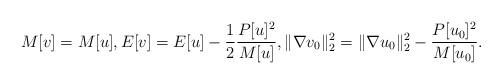
LaTeX: \begin{align*}M[v]=M[u], E[v] = E[u] - \frac{1}{2} \frac{P[u]^2}{M[u]}, \| \nabla v_0 \|_2^2 =\| \nabla u_0 \|_2^2 - \frac{P[u_0]^2}{M[u_0]}.\end{align*}